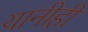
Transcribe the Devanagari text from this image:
यानीही